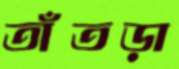
তাঁতড়া